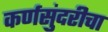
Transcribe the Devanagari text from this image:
कर्णसुंदरीचा